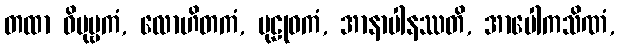
တထာ ဝိပုဗ္ဗကံ, လောဟိတကံ, ပုဠုဝကံ, အာနာပါနဿတိ, အာပေါကသိဏံ,